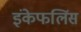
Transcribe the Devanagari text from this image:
इंकेफलिंस